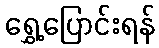
ရွှေ့ပြောင်းရန်